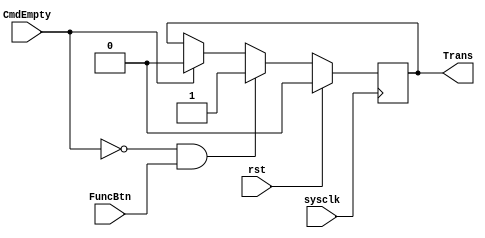
//=================================================================================//
//		File Name: EmRobot_FSM
//		Version	: V0.1
//		Date Create: 7/Dec/2012
//================================================================================//
//Function of this File:
// 	This file implement the Finite State Machine of Embedded Controlled Robot.
//It controls the Display media such as LEDs 7-SEGs and LCD and so on.
//It also control the communication media like UART and Kinect or camera and so on.
//It also acts as a controller calling the CPU to calculate the data from sensor.
//==================================================================================

module EmRobot_FSM(
			sysclk,
			rst,
			//Input 
			CmdEmpty,
			FuncBtn,
			//Output
			Trans
);
input wire sysclk;
input wire rst;
input wire CmdEmpty;
input wire FuncBtn;

output wire Trans;


//========================== The internal variables ===================================//
parameter INIT 	= 2'b00,
			 WAIT 	= 2'b01,
			 PARSE 	= 2'b10,
			 EXEC		= 2'b11;
	
reg [1:0] State;
reg [1:0] NextState;

reg TransState;
//===================================================================================
assign Trans = TransState;

always@(posedge sysclk)
begin
	if(rst)
		TransState <= 0;
	else
		begin
			if(!CmdEmpty&&FuncBtn)
				TransState <=1'b1;
			else if(CmdEmpty)
				TransState <=1'b0;
			else
				TransState <= TransState;
		end
end



endmodule